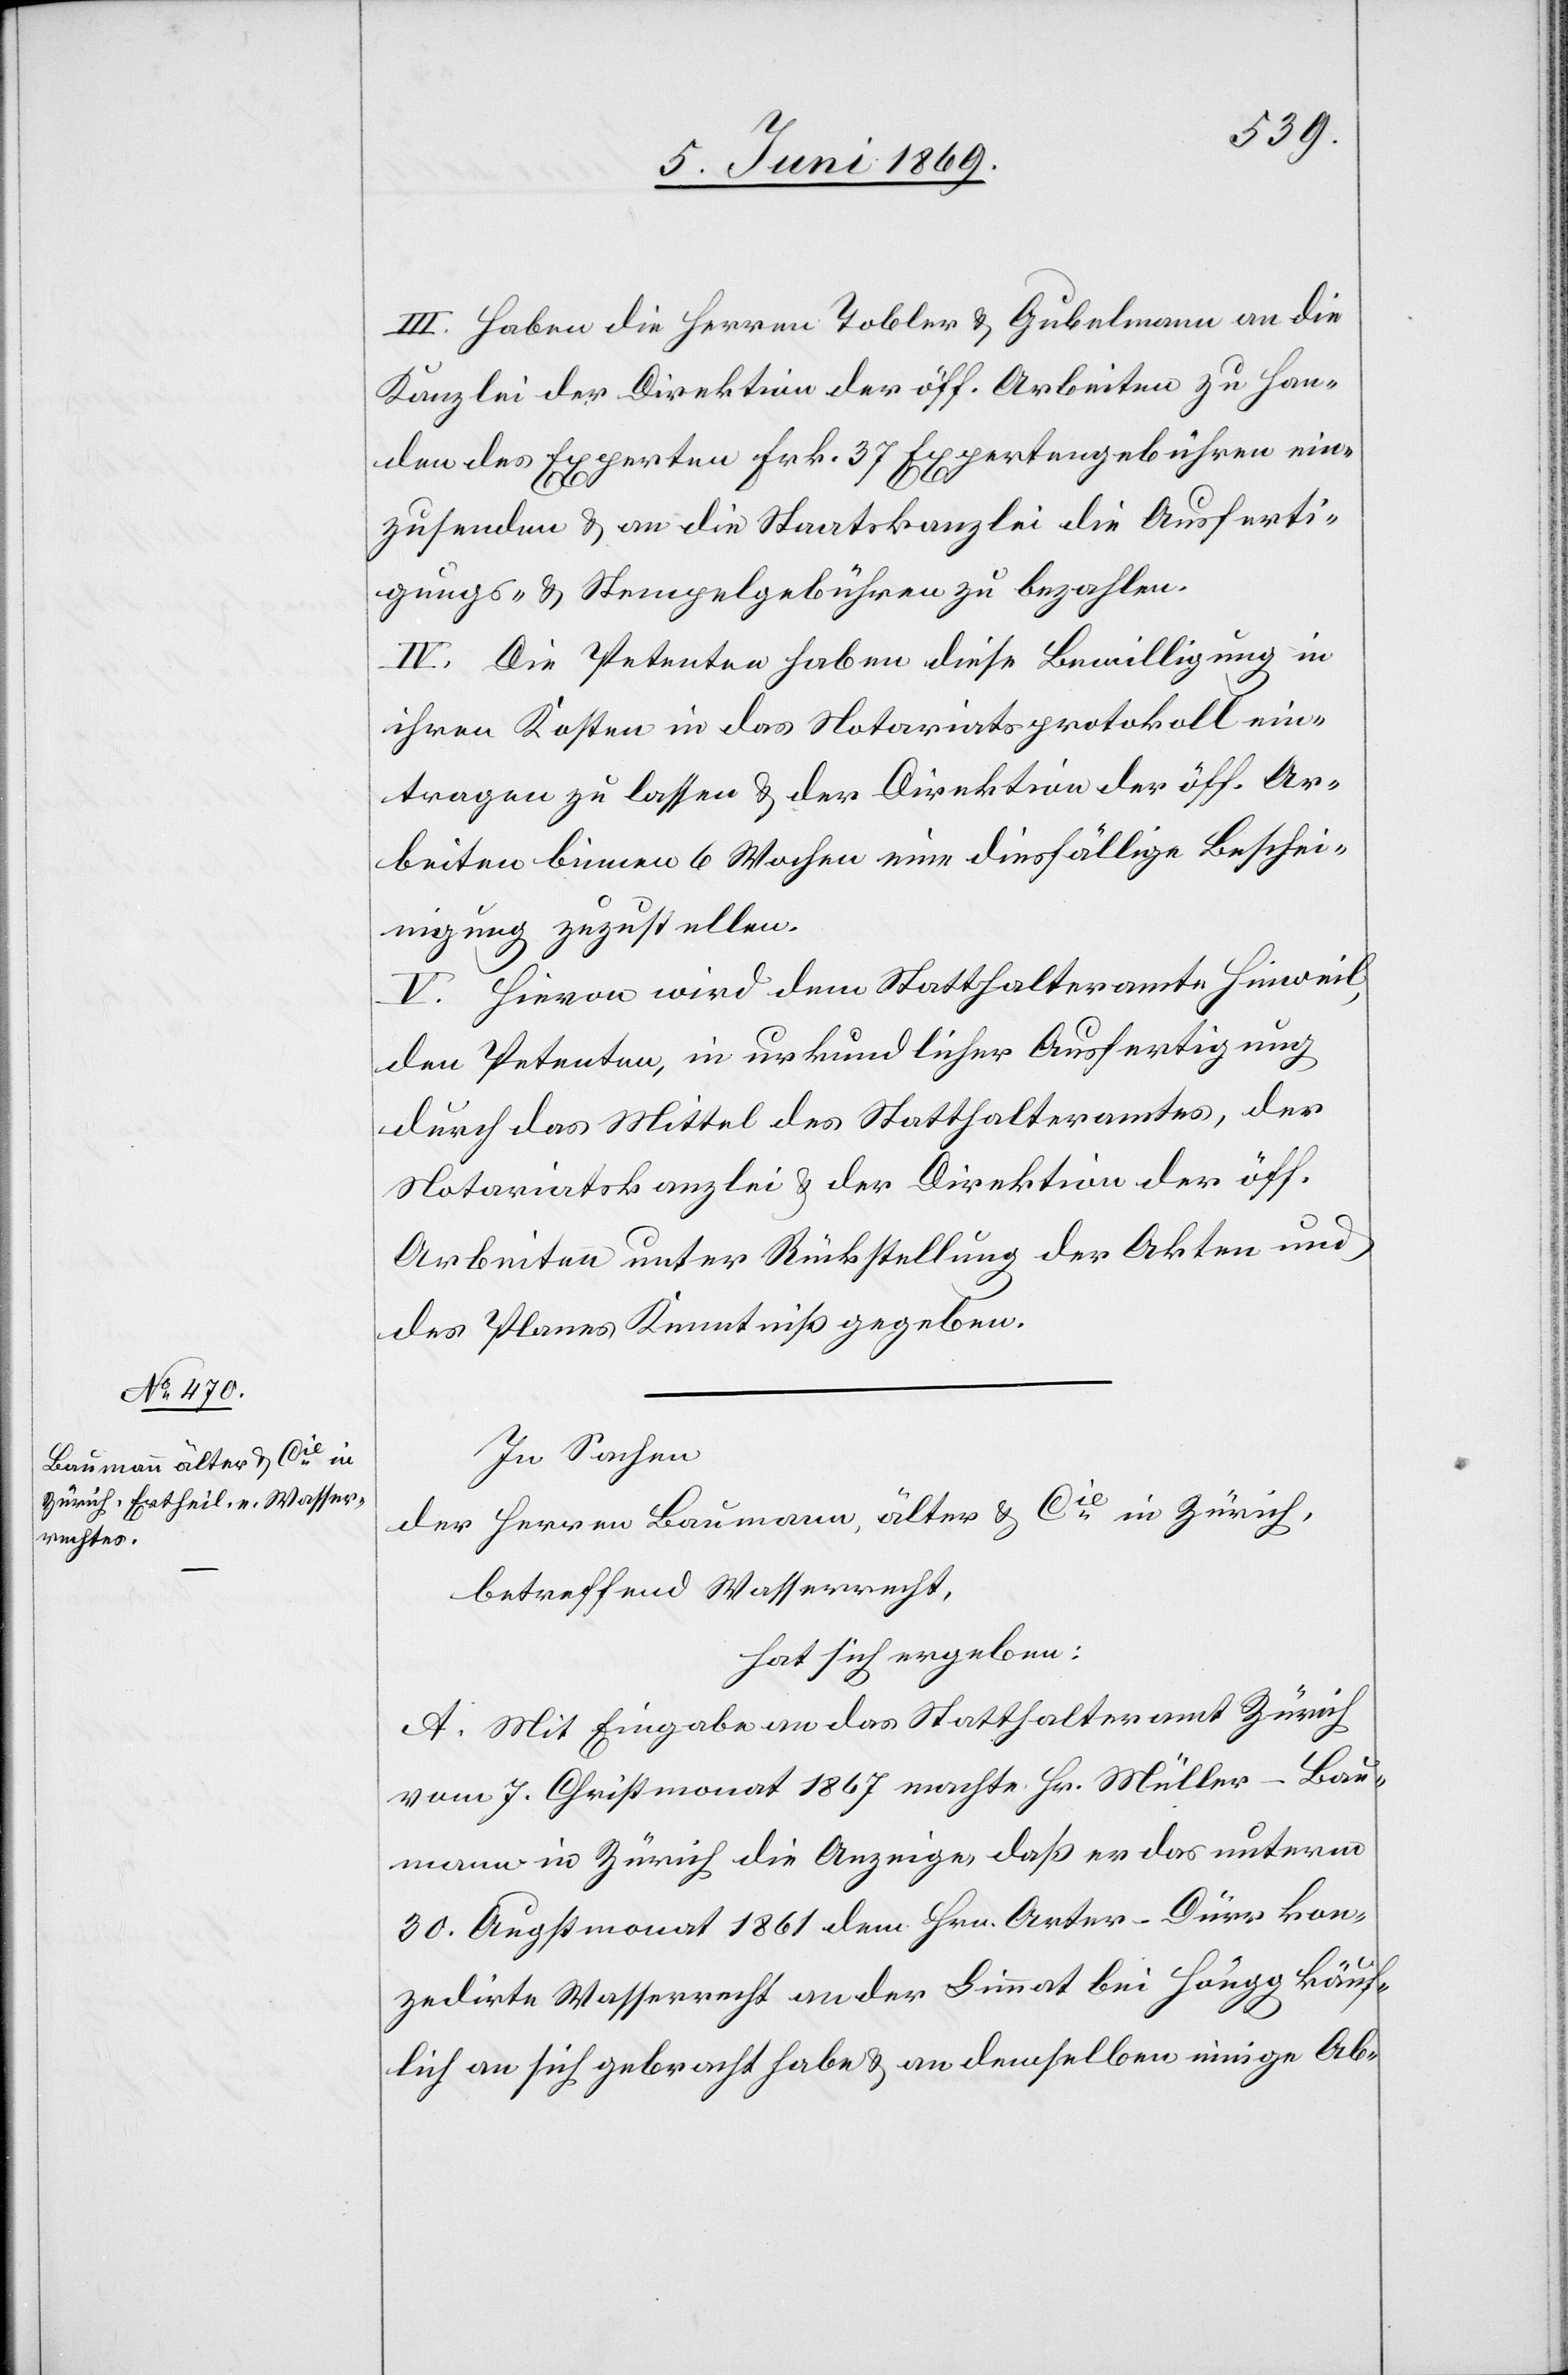
III. Haben die Herren Tobler u. Gubelmann an die
Kanzlei der Direktion der öff. Arbeiten zu Han¬
den des Experten Frk. 37 Expertengebühren ein¬
zusenden u. an die Staatskanzlei die Ausferti¬
gungs- u. Stempelgebühren zu bezahlen.
IV. Die Petenten haben diese Bewilligung in
ihren Kosten in das Notariatsprotokoll ein¬
tragen zu lassen u. der Direktion der öff. Ar¬
beiten binnen 6 Wochen eine diesfällige Beschei¬
nigung zuzustellen.
V. Hievon wird dem Statthalteramte Hinweil,
den Petenten, in urkundlicher Ausfertigung
durch das Mittel des Statthalteramtes, der
Notariatskanzlei u. der Direktion der öff.
Arbeiten unter Rückstellung der Akten und
des Planes Kenntniß gegeben.
In Sachen
der Herren Baumann, älter u. Cie in Zürich,
betreffend Wasserecht,
hat sich ergeben:
A. Mit Eingabe an das Statthalteramt Zürich
vom 7. Christmonat 1867 macht Hr. Müller-Bau¬
mann in Zürich die Anzeige, daß er das unterm
30. Augstmonat 1861 dem Hrn. Arter-Bürr kon¬
zedirte Wasserecht an der Limmat bei Höngg käuf¬
lich an sich gebracht habe u. an demselben einige Ab-